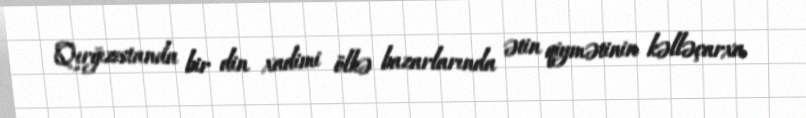
Qırğızıstanda bir din xadimi ölkə bazarlarında ətin qiymətinin kəlləçarxa